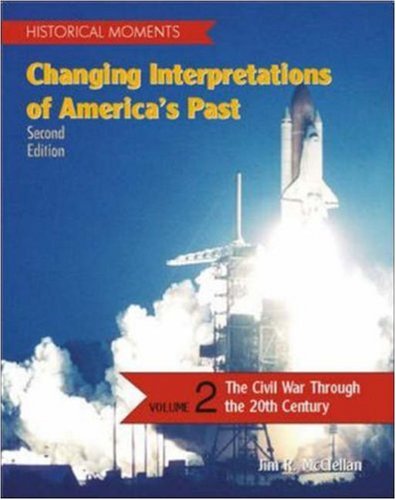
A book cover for Historical Moments: Changing Interpretations of America's Past, Volume 2; Jim McClellan; History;